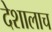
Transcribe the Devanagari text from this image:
देशालाच